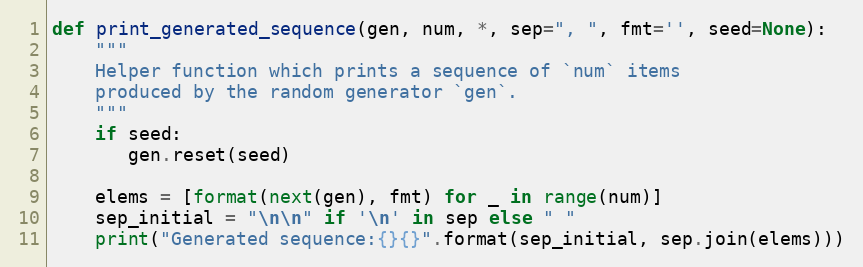
Language: Python
def print_generated_sequence(gen, num, *, sep=", ", fmt='', seed=None):
    """
    Helper function which prints a sequence of `num` items
    produced by the random generator `gen`.
    """
    if seed:
       gen.reset(seed)

    elems = [format(next(gen), fmt) for _ in range(num)]
    sep_initial = "\n\n" if '\n' in sep else " "
    print("Generated sequence:{}{}".format(sep_initial, sep.join(elems)))